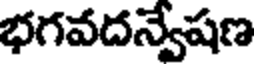
భగవదన్వేషణ